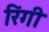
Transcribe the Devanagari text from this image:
रिंगी